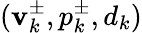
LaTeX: (\mathbf{v}_{k}^{\pm},p_{k}^{\pm},d_{k})